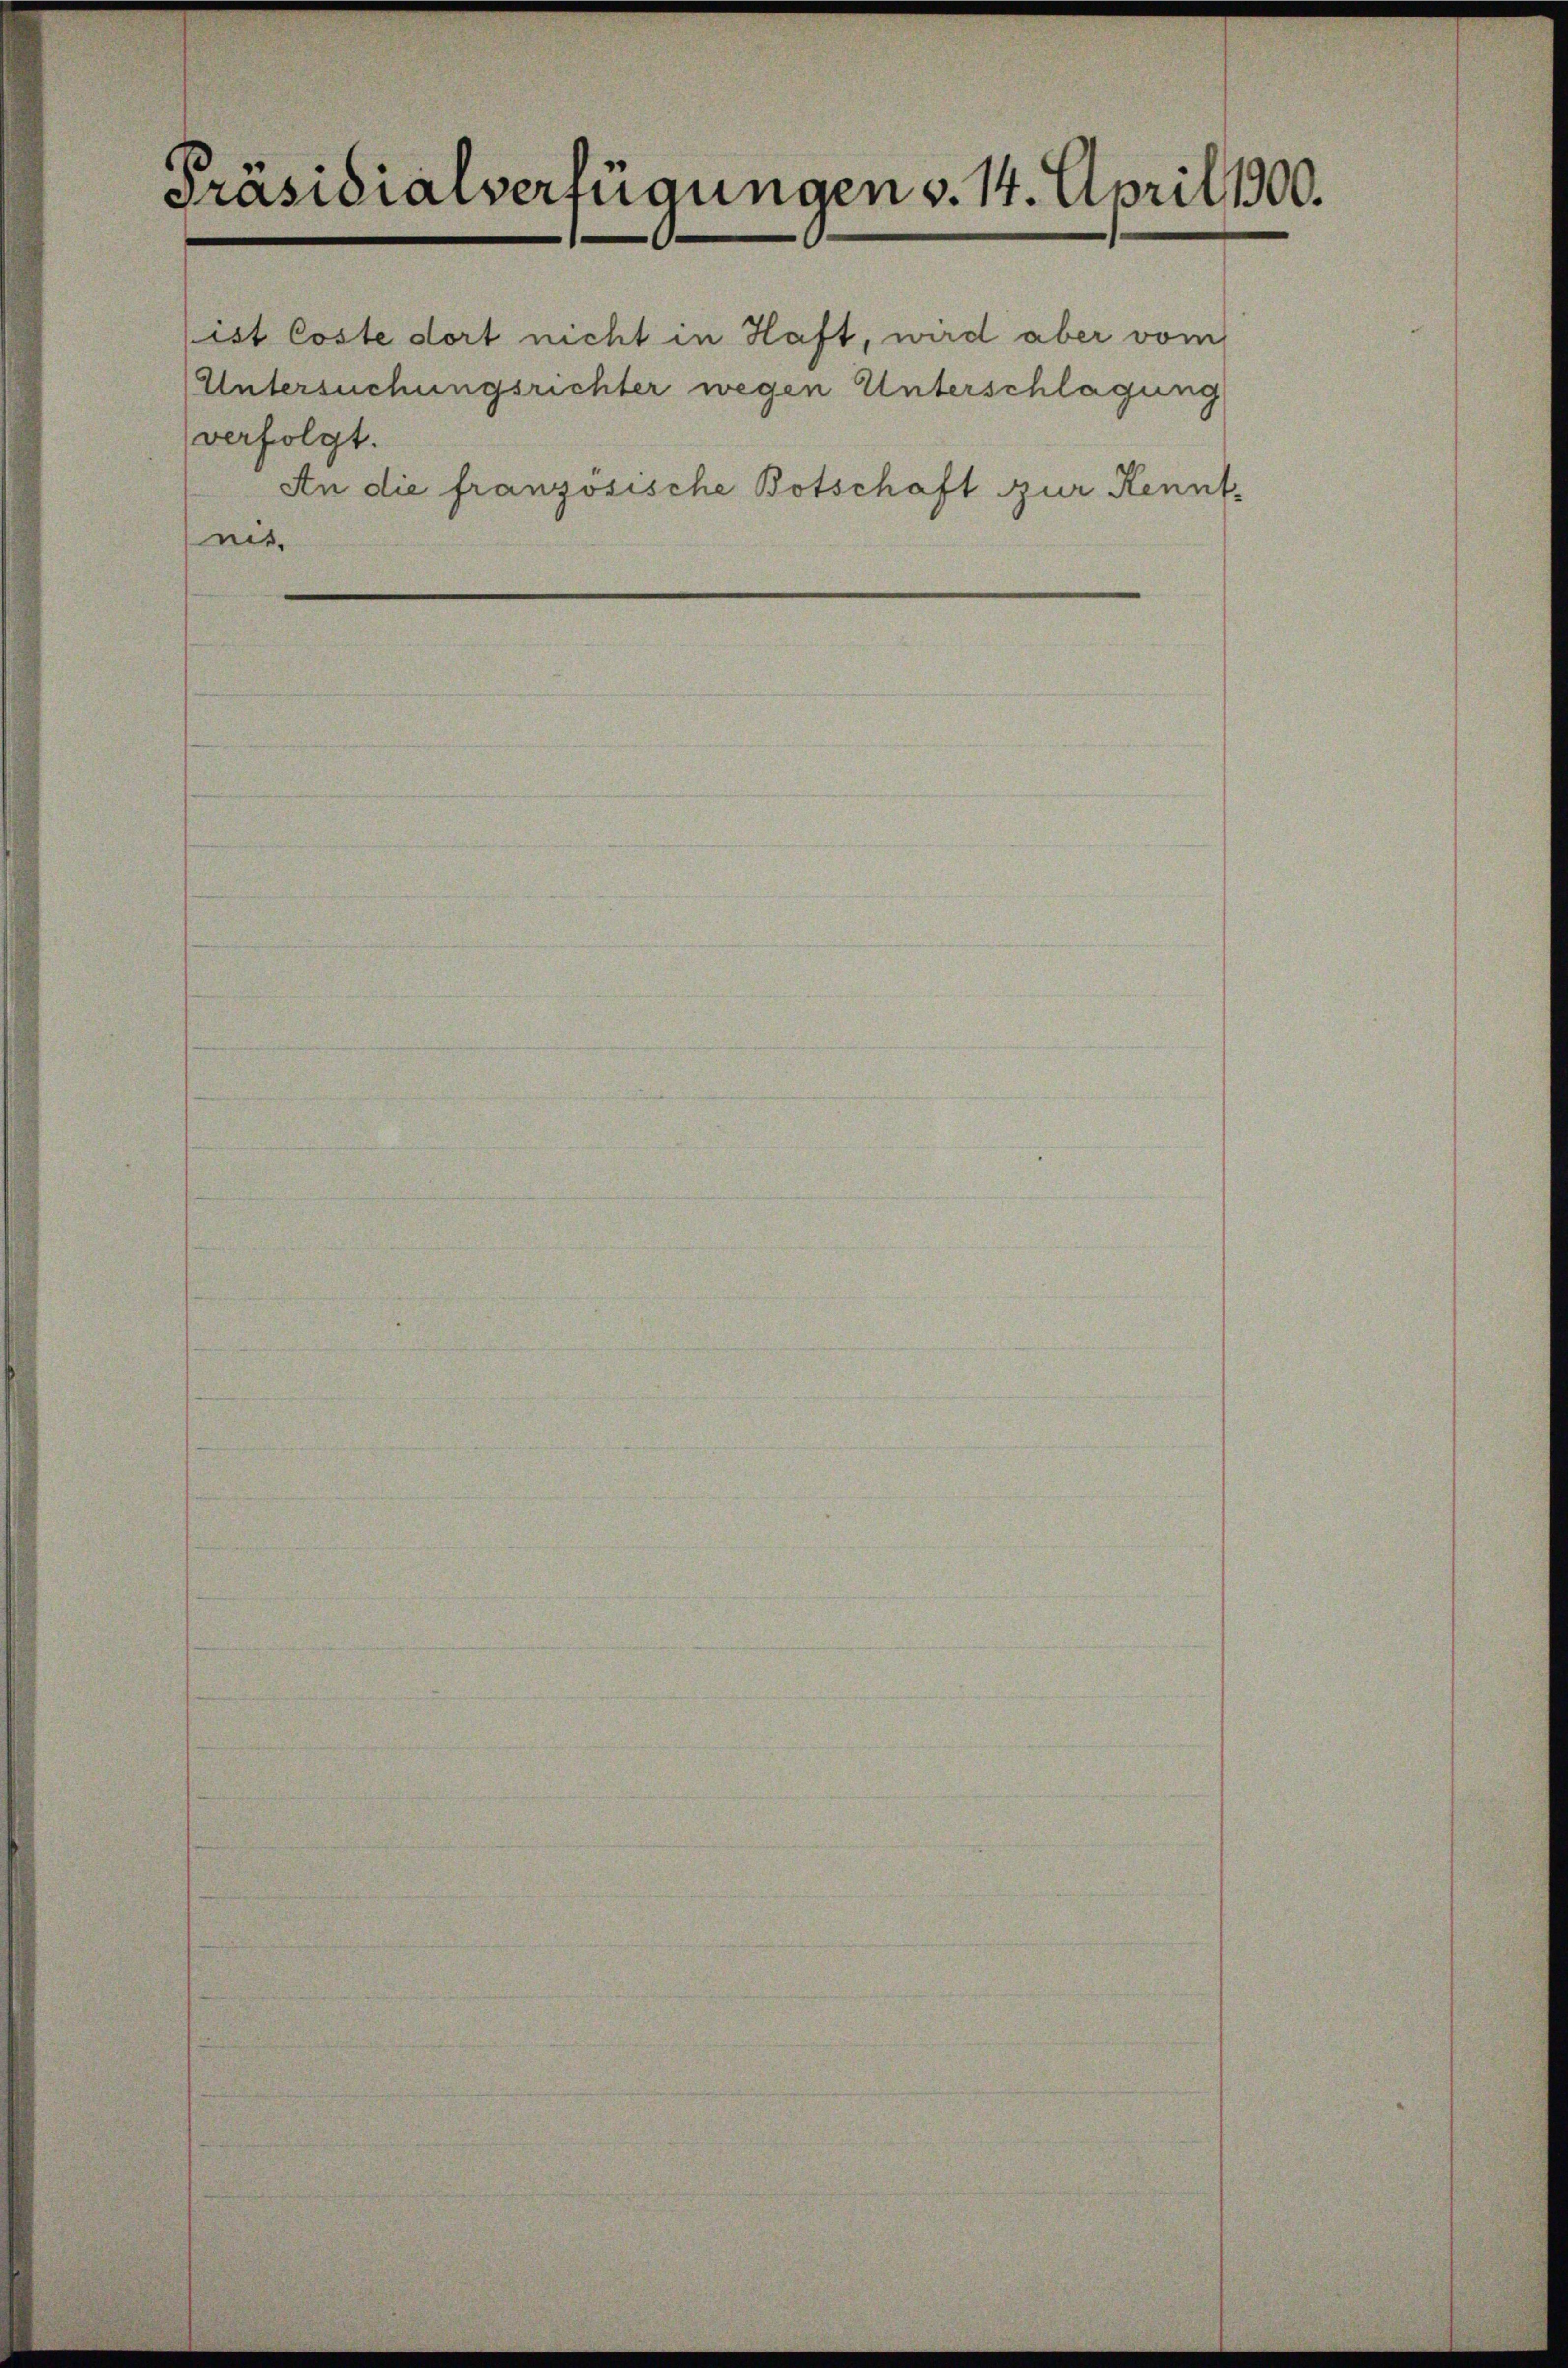
Präsidialverfügungen v. 14. April 1900.

Untersuchungsrichter wegen Unterschlagung

An die französische Botschaft zur Kenntnit.

verfolgt.

ist Coste dort nicht in Haft, wird aber vom